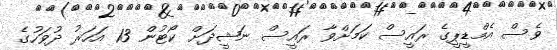
ވެސް އެމްޑީޕީގެ ރައީސް ކަމަށްވާ ރައީސް ނަޝީދަށް ކޯޓުން 13 އަހަރު ދުވަހުގެ